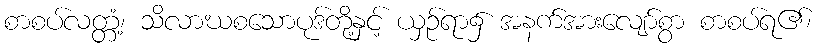
စာစပ်လတ္တံ့၊ သိလာဃစသောပုဒ်တို့နှင့် ယှဉ်ရာ၌ အနက်အားလျော်စွာ စာစပ်ရ၏၊